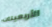
الأربعينات